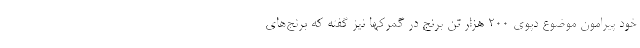
خود پیرامون موضوع دپوی ۲۰۰ هزار تن برنج در گمرکها نیز گفته که برنج‌های